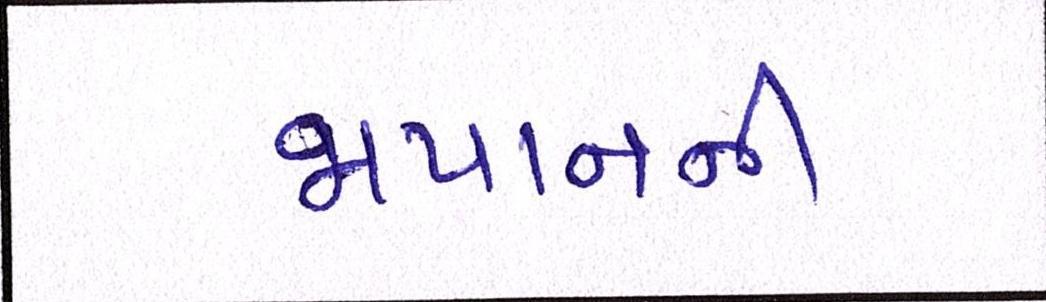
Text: જાપાનની